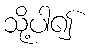
သို့ပါ၍